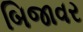
બિજાવર